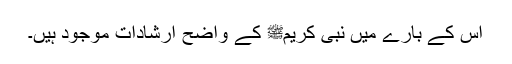
اس کے بارے میں نبی کریمﷺ کے واضح ارشادات موجود ہیں۔